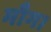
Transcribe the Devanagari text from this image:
माँग।